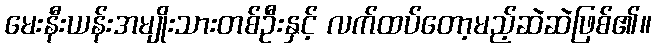
မေးနီးယန်းအမျိုးသားတစ်ဦးနှင့် လက်ထပ်တော့မည့်ဆဲဆဲဖြစ်၏။